State Department UAP Cable 1, Papua New Guinea, January 28, 1985
Agency: Department of State
Incident date: 1/24/85
Incident location: Papua New Guinea
Page 2
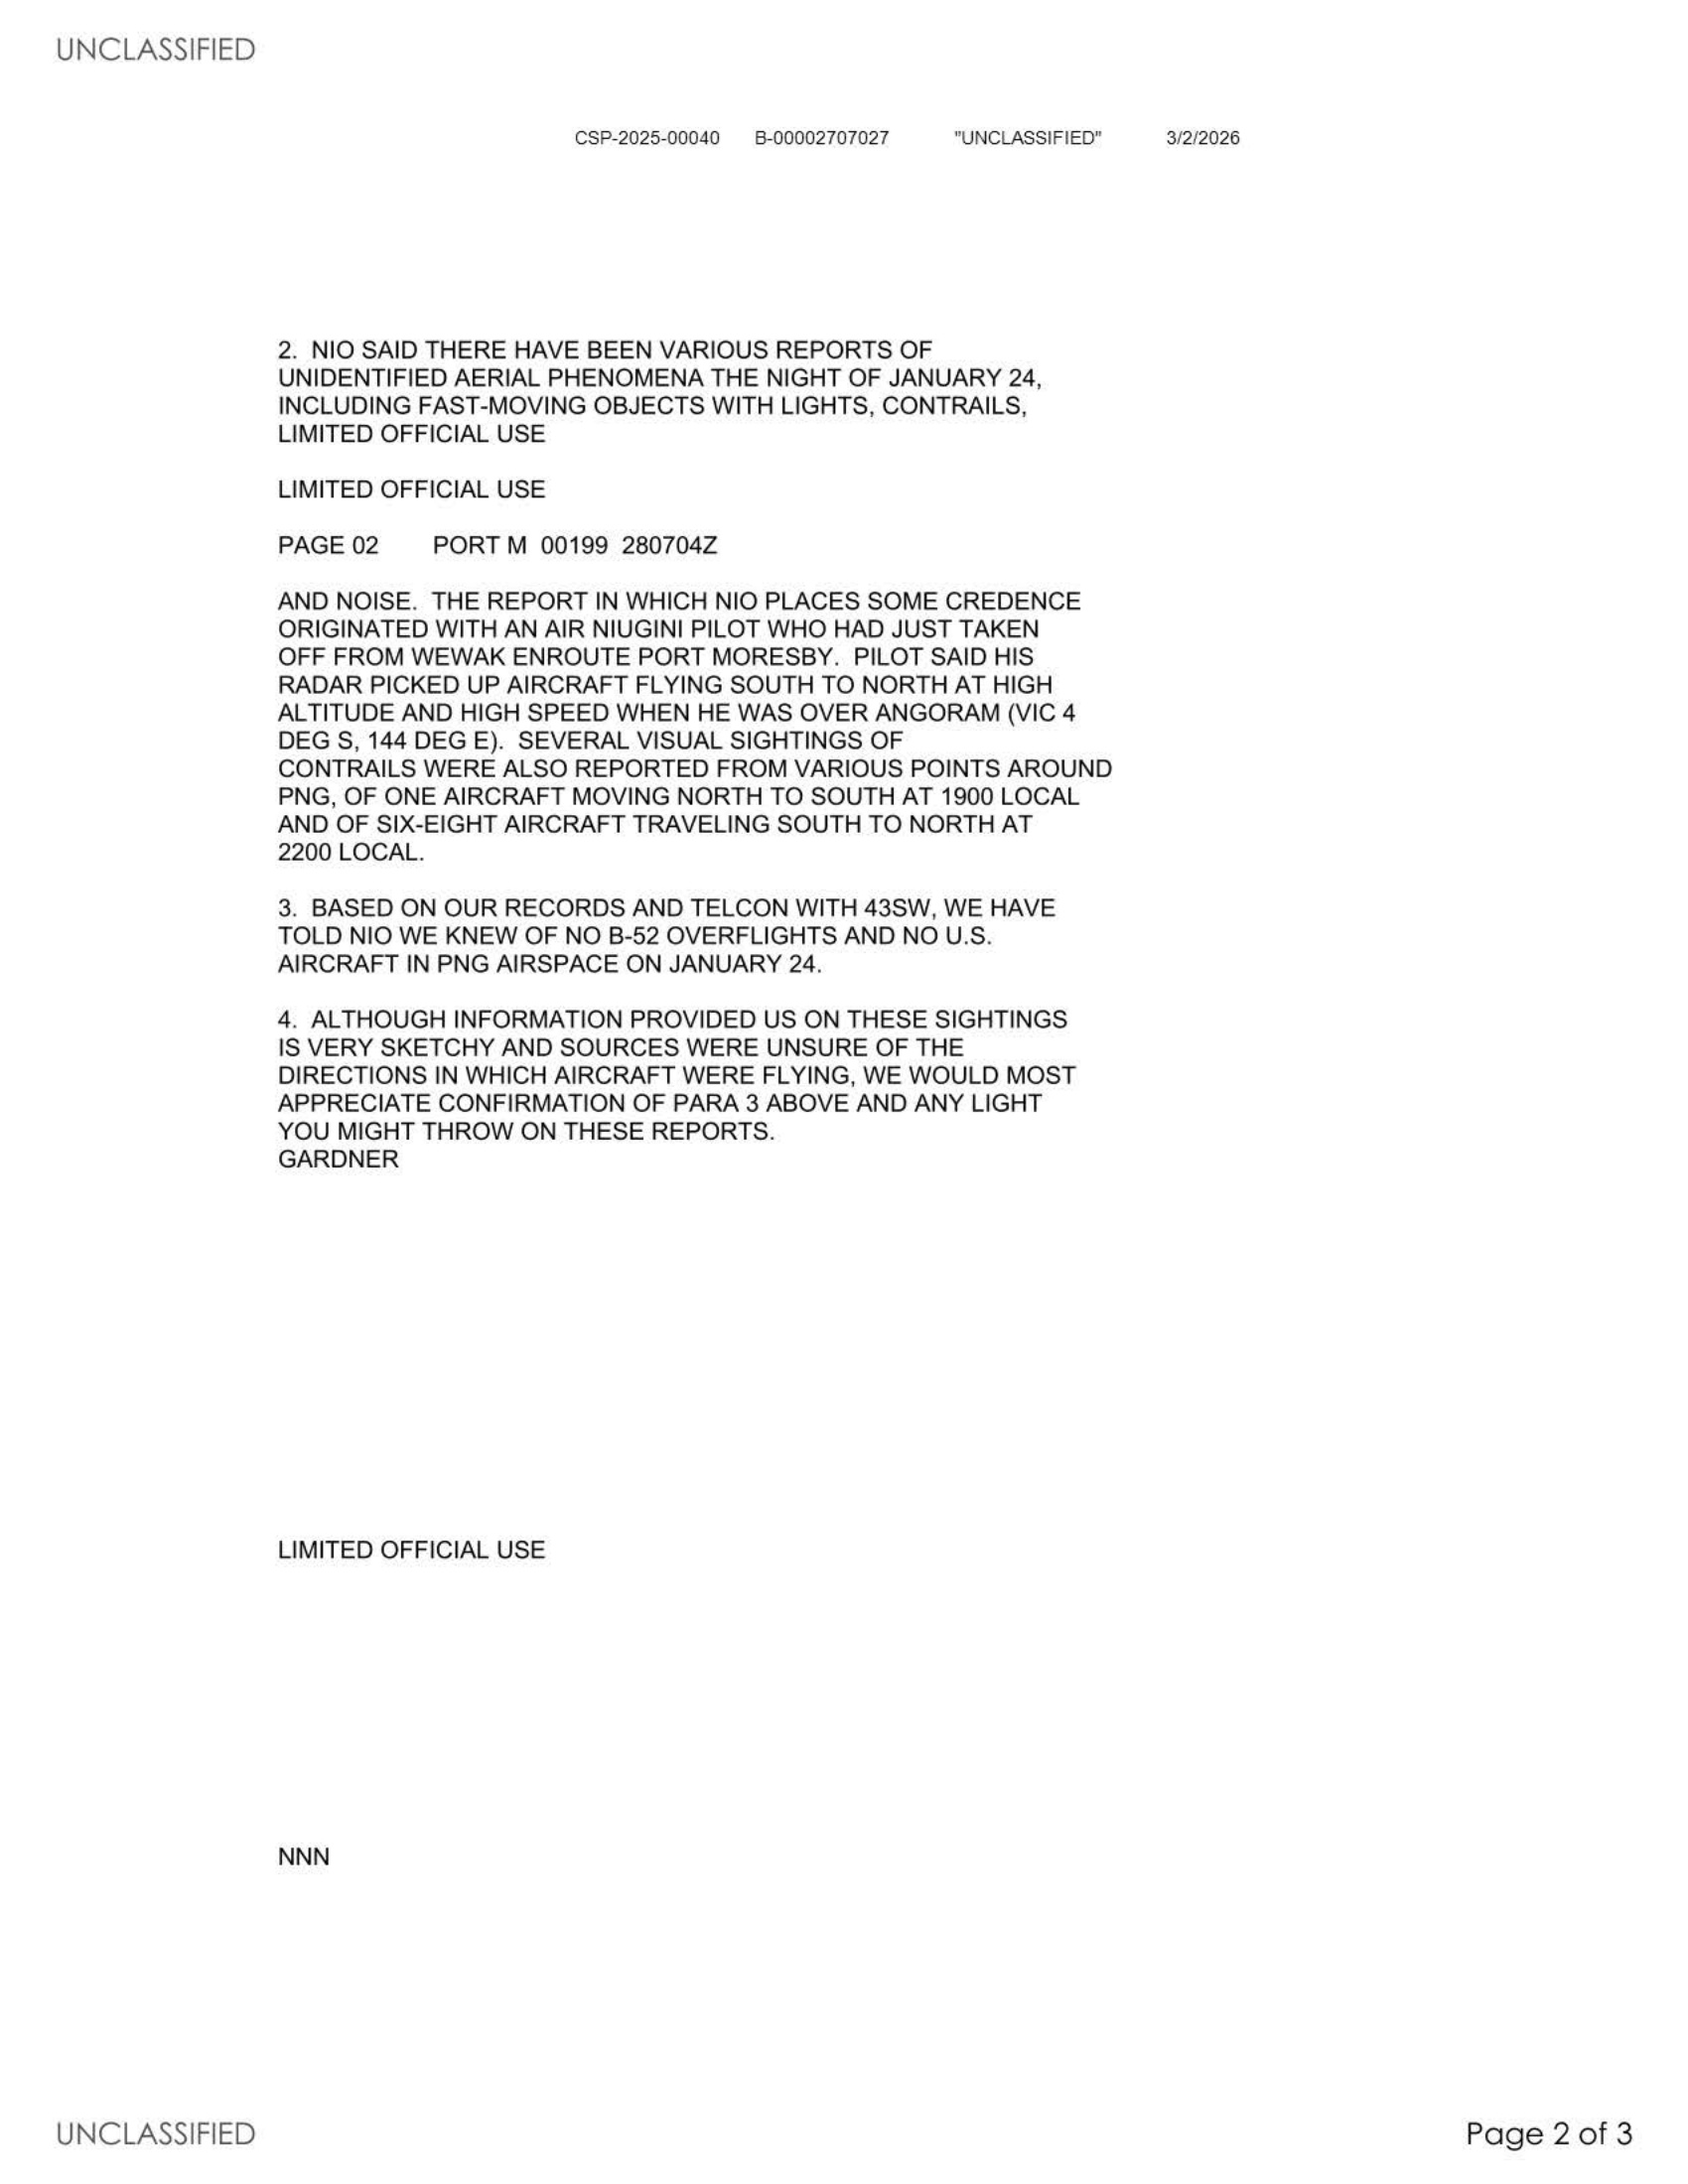